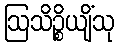
ဩသိဉ္စိယျိံသု